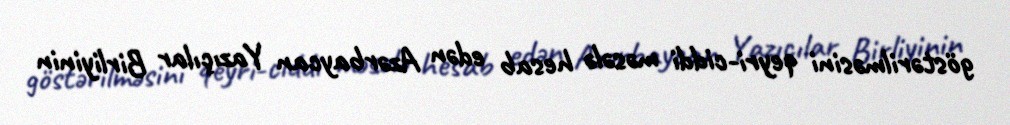
göstərilməsini qeyri-ciddi məsələ hesab edən Azərbaycan Yazıçılar Birliyinin